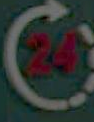
ن